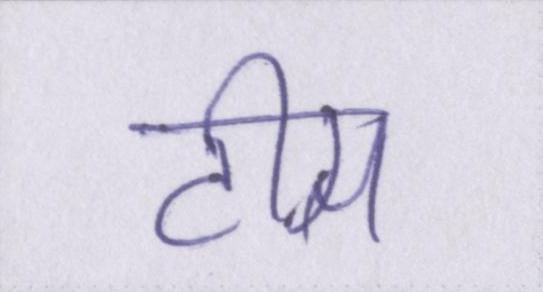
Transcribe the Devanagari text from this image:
टीस